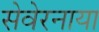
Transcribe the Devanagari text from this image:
सेवेरनाया